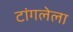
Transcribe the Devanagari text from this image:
टांगलेला